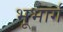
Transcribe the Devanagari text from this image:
भूभार्ग